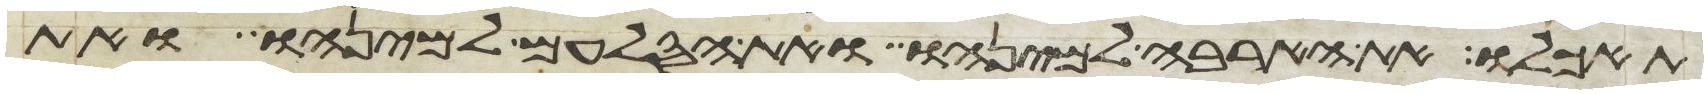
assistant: תאכלו את הארבה למינהו ואת הסלעם למינהו ואת